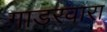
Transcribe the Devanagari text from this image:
गाडरवारा